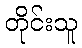
တိုင်းသူ